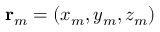
\mathbf { r } _ { m } = ( x _ { m } , y _ { m } , z _ { m } )